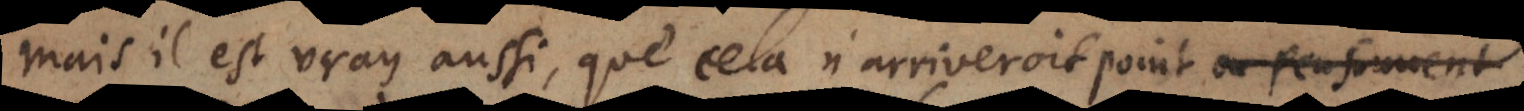
mais il est vray aussi, que cela n’arriveroit point